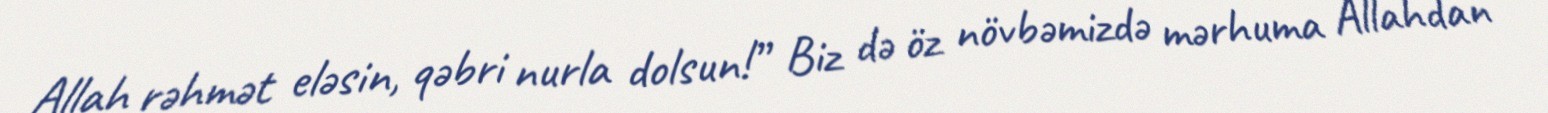
Allah rəhmət eləsin, qəbri nurla dolsun!” Biz də öz növbəmizdə mərhuma Allahdan